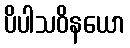
ပိပါသဝိနယော